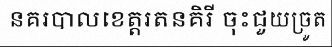
នគរបាលខេត្តរតនគិរី ចុះជួយច្រូត